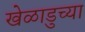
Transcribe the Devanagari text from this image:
खेळाडुच्या